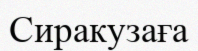
Сиракузаға